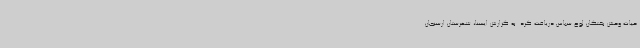
حیات وحش بختگان لوح سپاس دریافت کرد. به گزارش ایسنا، شهرستان ارسنجان